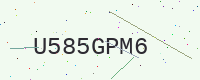
Text: U585GPM6